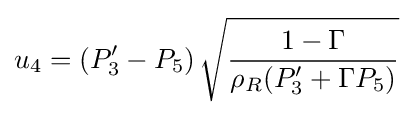
u_{4}=\left(P_{3}'-P_{5}\right){\sqrt {\frac {1-\Gamma }{\rho _{R}(P_{3}'+\Gamma P_{5})}}}